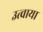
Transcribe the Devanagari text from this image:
उत्चाया